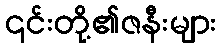
၎င်းတို့၏ဇနီးများ